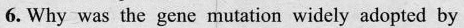
6. Why was the gene mutation widely adopted by